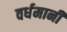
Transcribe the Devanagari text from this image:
वर्धमानी